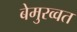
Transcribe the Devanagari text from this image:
बेमुरव्वत